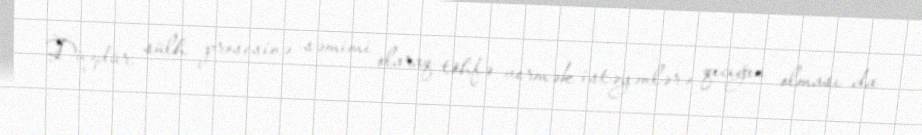
Düzdür, sülh prosesinə səmimi olaraq töhfə vermək istəyənlərə qıcığın olması da